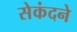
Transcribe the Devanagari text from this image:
सेकंदने